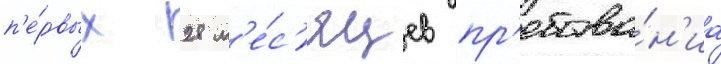
п'е́рвых 28 м'е́с'яцев пр'ебыва́н'иа